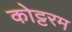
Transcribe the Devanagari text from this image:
कोट्टरम